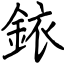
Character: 銥